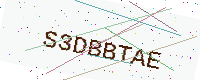
Text: S3DBBTAE